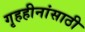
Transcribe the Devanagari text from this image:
गृहहीनांसाठी